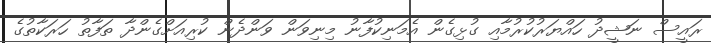
ރައީސް ނަޝީދު ހައްޔަރުކުރުމާއި ގުޅިގެން އެމަނިކުފާނު މިނިވަން ވަންދެން ކުރިއަށްގެންދާ ތަފާތު ހަރަކާތުގެ